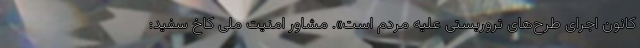
کانون اجرای طرح‌های تروریستی علیه مردم است». مشاور امنیت ملی کاخ سفید: